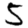
Digit: 5